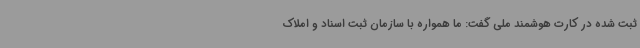
ثبت شده در کارت هوشمند ملی گفت: ما همواره با سازمان ثبت اسناد و املاک